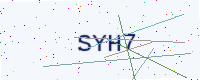
Text: SYH7